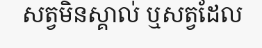
សត្វមិនស្គាល់ ឬសត្វដែល